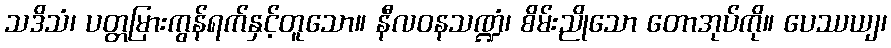
သဒိသံ၊ ပတ္တမြားကွန်ရက်နှင့်တူသော။ နီလဝနသဏ္ဍံ၊ စိမ်းညိုသော တောအုပ်ကို။ ပေဿယျ၊